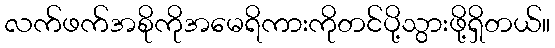
လက်ဖက်အစိုကိုအမေရိကားကိုတင်ပို့သွားဖို့ရှိတယ်။